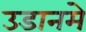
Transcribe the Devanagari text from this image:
उडानमे